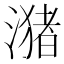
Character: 潴